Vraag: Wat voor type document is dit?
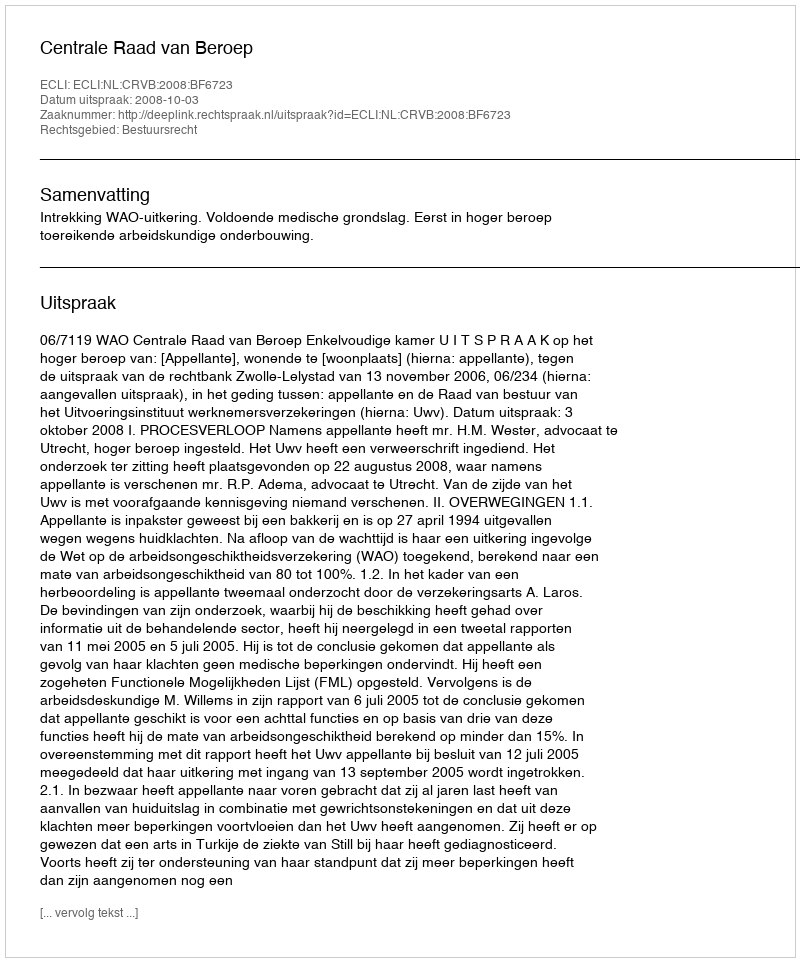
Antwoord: Uitspraak